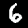
Digit: 6